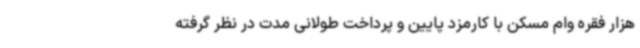
هزار فقره وام مسکن با کارمزد پایین و پرداخت طولانی مدت در نظر گرفته